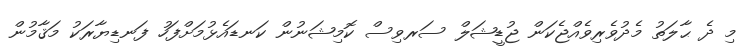
މި ދެ ޙާލަތު މެދުވެރިވެއްޖެކަން ޖުޑީޝަލް ސަރވިސް ކޮމިޝަނުން ކަނޑައެޅުމަށްފަހު ފަނޑިޔާރަކު މަޤާމުން